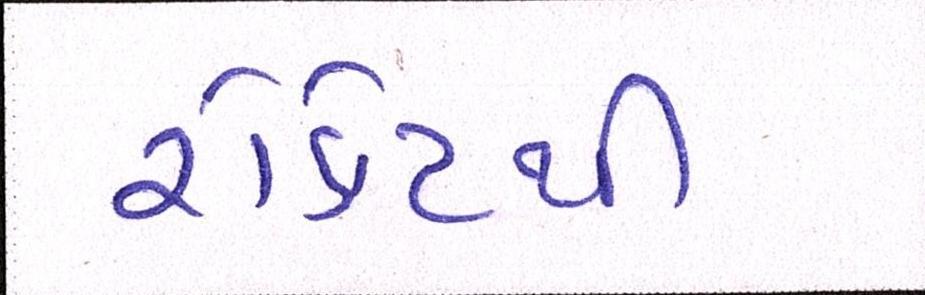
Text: રોકેટથી